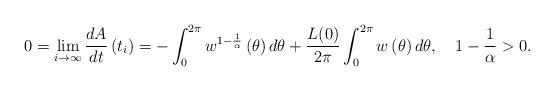
LaTeX: \begin{align*}0=\lim_{i\rightarrow\infty}\frac{dA}{dt}\left( t_{i}\right) =-\int_{0}^{2\pi}w^{1-\frac{1}{\alpha}}\left( \theta\right) d\theta+\dfrac{{L\!}\left( 0\right) }{2\pi}\int_{0}^{2\pi}w\left( \theta\right)d\theta,\ \ \ 1-\frac{1}{\alpha}>0. \end{align*}